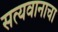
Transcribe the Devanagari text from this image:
सत्यवानाचा